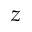
z